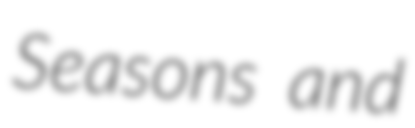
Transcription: Seasons and